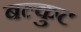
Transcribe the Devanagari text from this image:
बल्कुट